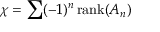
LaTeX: \chi = \sum ( - 1 ) ^ { n } \, \mathrm { r a n k } ( A _ { n } )